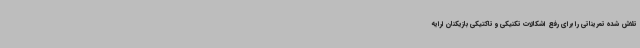
تلاش شده تمریناتی را برای رفع اشکالات تکنیکی و تاکتیکی بازیکنان ارایه